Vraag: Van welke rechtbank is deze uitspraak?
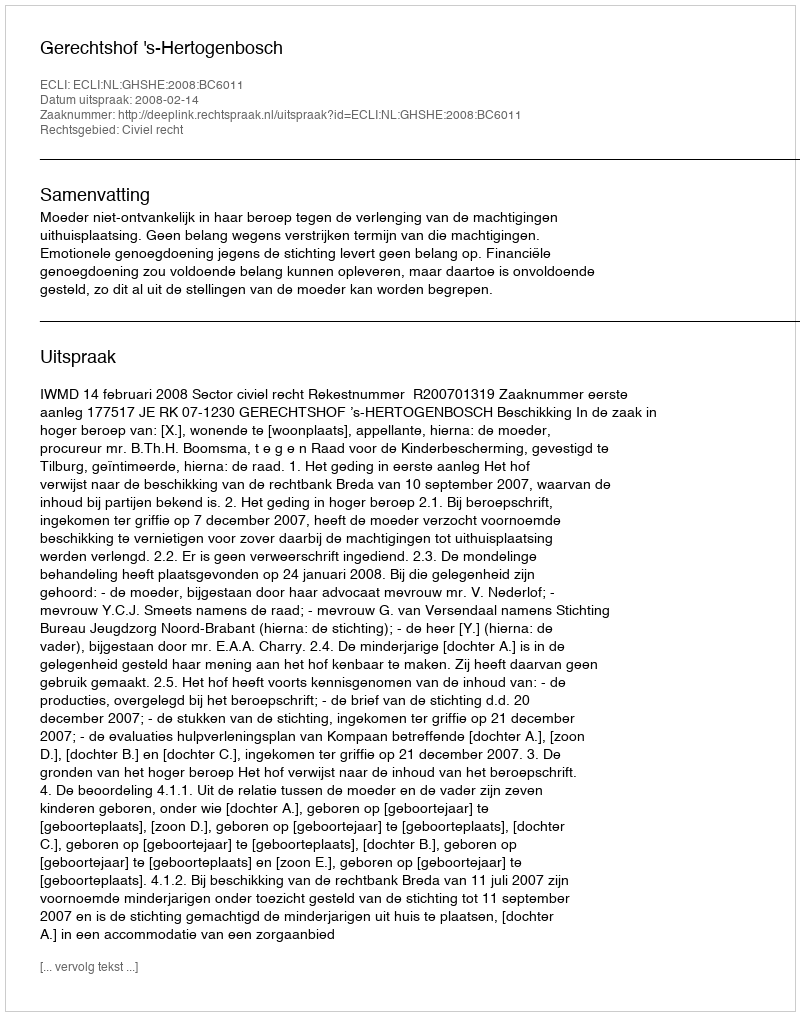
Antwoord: Gerechtshof 's-Hertogenbosch